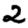
Digit: 2